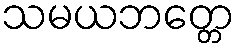
သမယဘတ္တေ